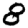
Digit: 8